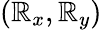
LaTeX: (\mathbb{R}_{x},\mathbb{R}_{y})